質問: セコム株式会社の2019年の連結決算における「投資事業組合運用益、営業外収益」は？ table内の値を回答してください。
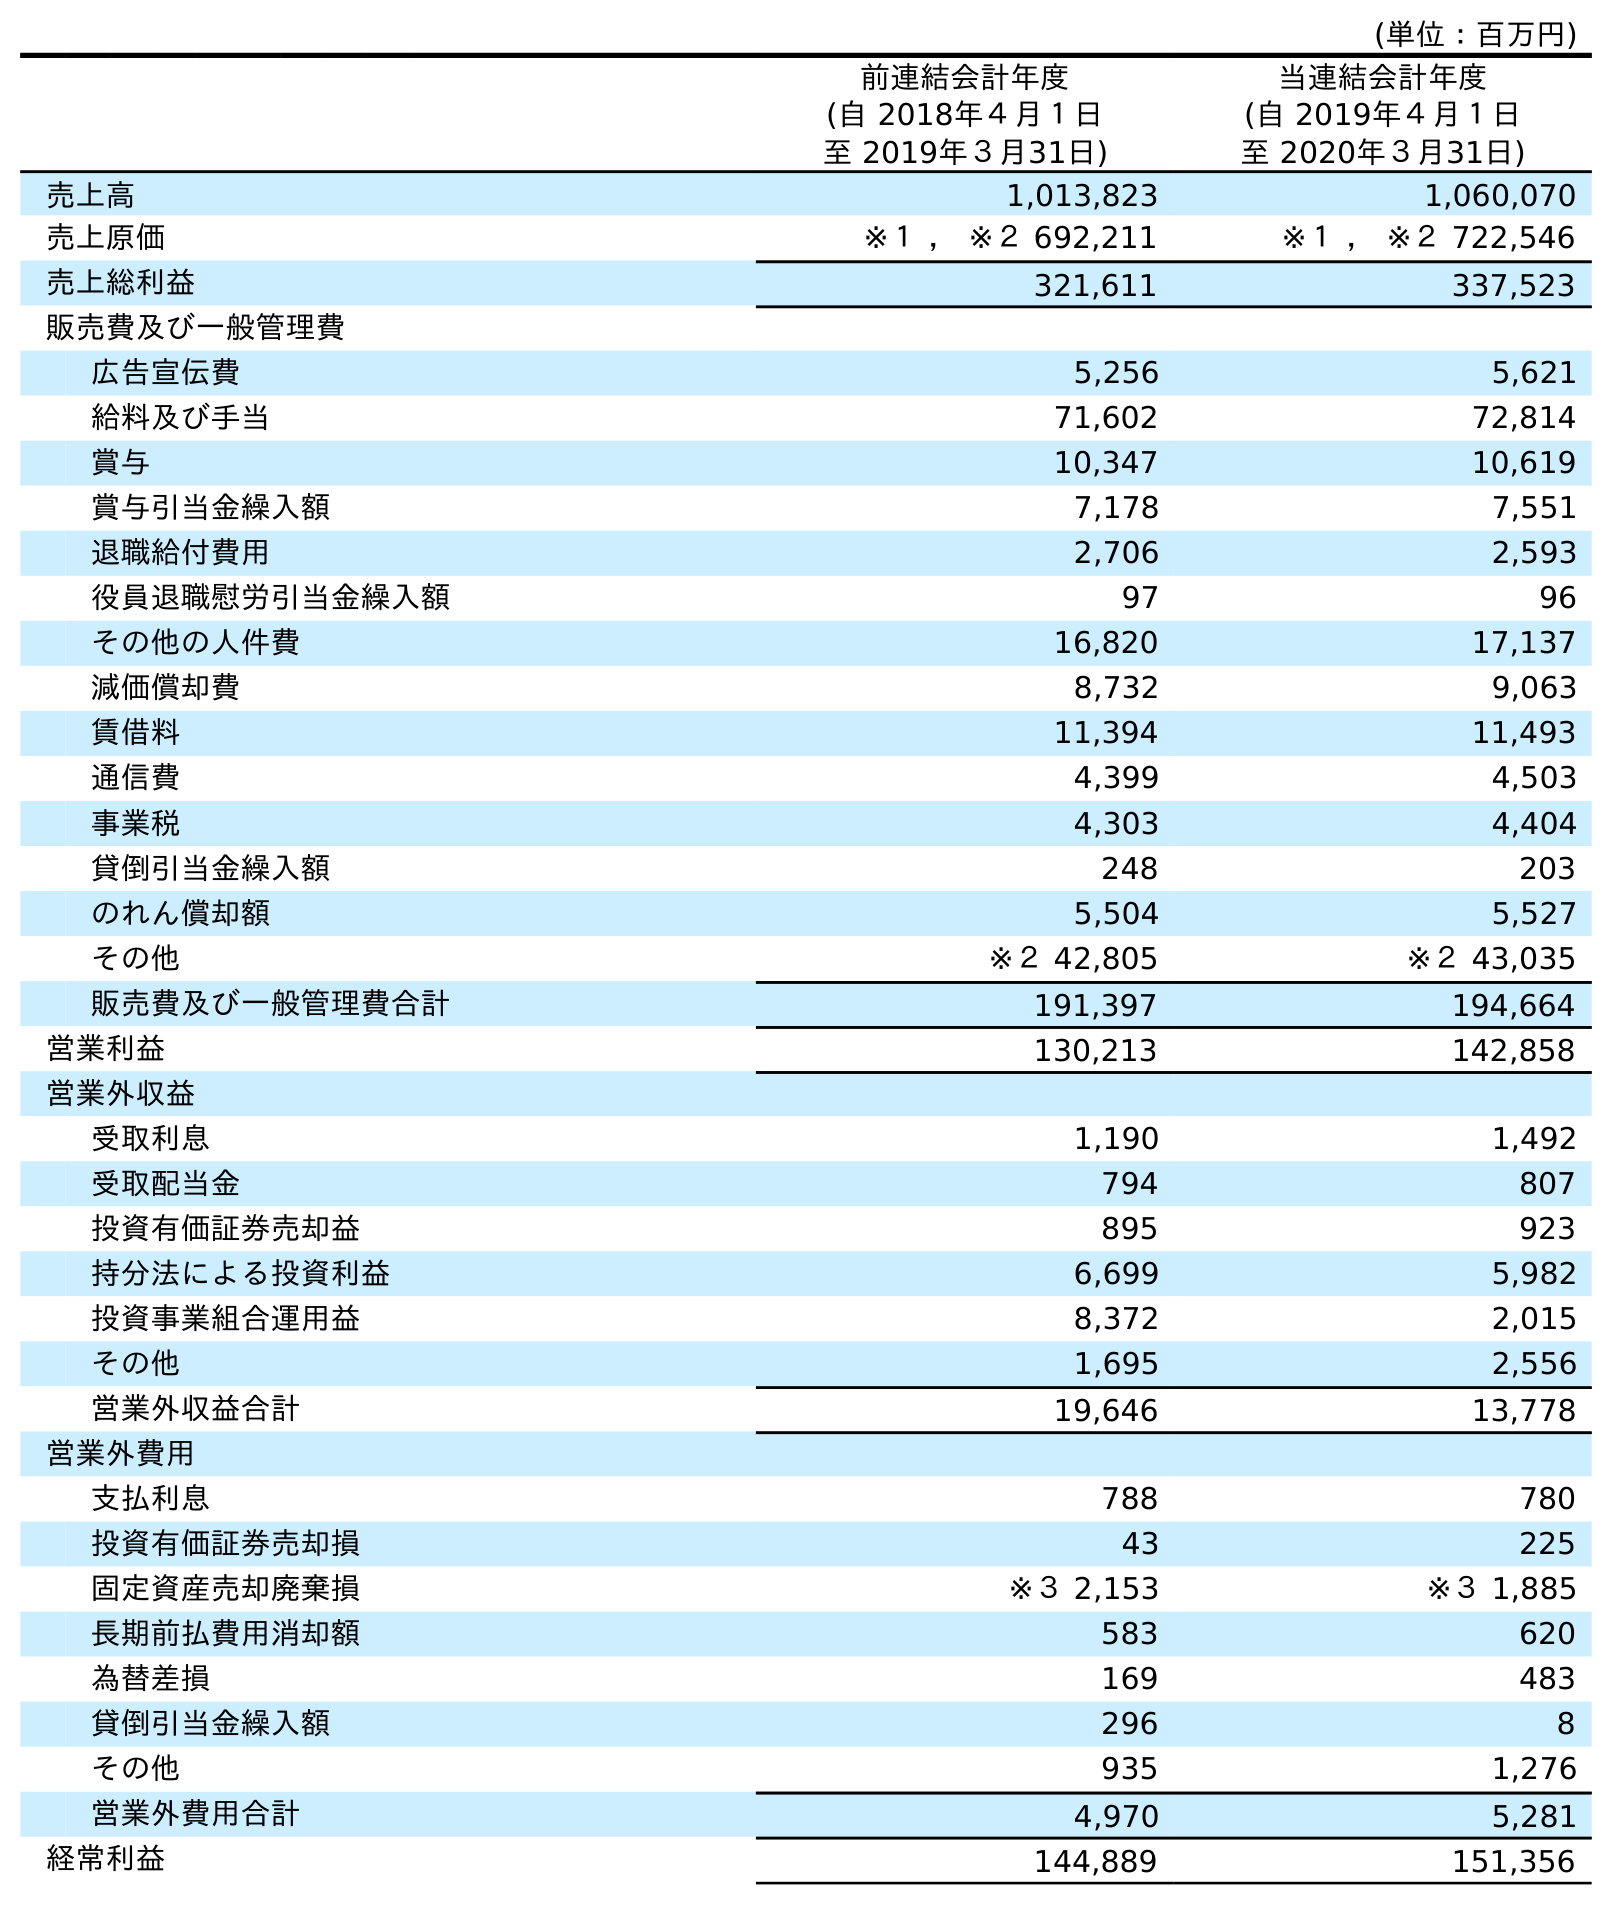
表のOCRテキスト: (単位：百万円) 前連結会計年度 (自 2018年４月１日 至 2019年３月31日) 当連結会計年度 (自 2019年４月１日 至 2020年３月31日) 売上高 1,013,823 1,060,070 売上原価 ※１ ， ※２ 692,211 ※１ ， ※２ 722,546 売上総利益 321,611 337,523 販売費及び一般管理費 広告宣伝費 5,256 5,621 給料及び手当 71,602 72,814 賞与 10,347 10,619 賞与引当金繰入額 7,178 7,551 退職給付費用 2,706 2,593 役員退職慰労引当金繰入額 97 96 その他の人件費 16,820 17,137 減価償却費 8,732 9,063 賃借料 11,394 11,493 通信費 4,399 4,503 事業税 4,303 4,404 貸倒引当金繰入額 248 203 のれん償却額 5,504 5,527 その他 ※２ 42,805 ※２ 43,035 販売費及び一般管理費合計 191,397 194,664 営業利益 130,213 142,858 営業外収益 受取利息 1,190 1,492 受取配当金 794 807 投資有価証券売却益 895 923 持分法による投資利益 6,699 5,982 投資事業組合運用益 8,372 2,015 その他 1,695 2,556 営業外収益合計 19,646 13,778 営業外費用 支払利息 788 780 投資有価証券売却損 43 225 固定資産売却廃棄損 ※３ 2,153 ※３ 1,885 長期前払費用消却額 583 620 為替差損 169 483 貸倒引当金繰入額 296 8 その他 935 1,276 営業外費用合計 4,970 5,281 経常利益 144,889 151,356
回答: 8,372